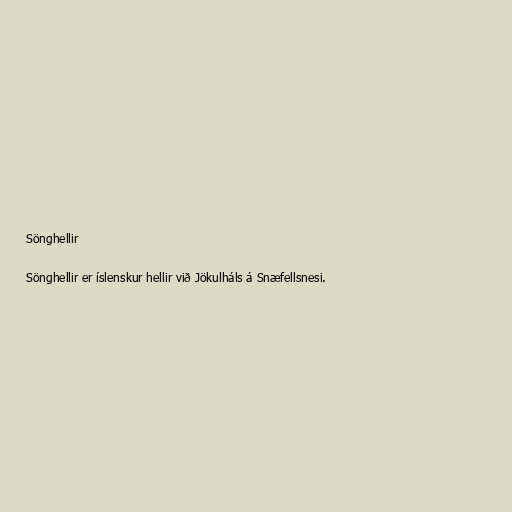
Sönghellir

Sönghellir er íslenskur hellir við Jökulháls á Snæfellsnesi.